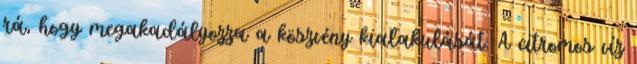
rá, hogy megakadályozza a köszvény kialakulását. A citromos víz